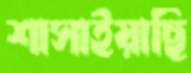
শাসাইয়াছি